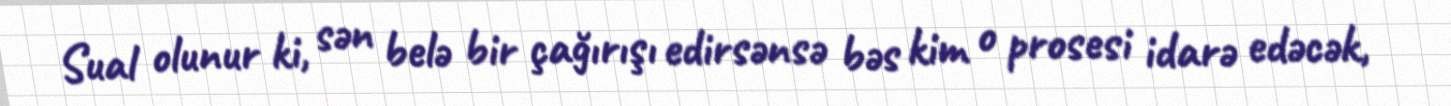
Sual olunur ki, sən belə bir çağırışı edirsənsə bəs kim o prosesi idarə edəcək,